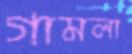
গামলা